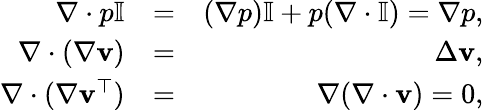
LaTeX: \begin{array}{rlr}{\nabla\cdot p\mathbb{I}}&{=}&{(\nabla p)\mathbb{I}+p(\nabla\cdot\mathbb{I})=\nabla p,}\\ {\nabla\cdot(\nabla\mathbf{v})}&{=}&{\Delta\mathbf{v},}\\ {\nabla\cdot(\nabla\mathbf{v}^{\top})}&{=}&{\nabla(\nabla\cdot\mathbf{v})=0,}\end{array}